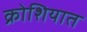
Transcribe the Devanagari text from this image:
क्रोशियात